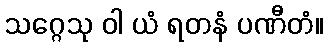
သဂ္ဂေသု ဝါ ယံ ရတနံ ပဏီတံ။